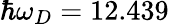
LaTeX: \hbar\omega_{D}=12.439